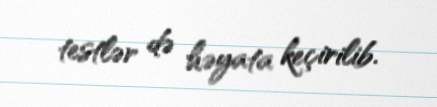
testlər də həyata keçirilib.